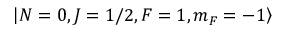
\left| N = 0 , J = 1 / 2 , F = 1 , m _ { F } = - 1 \right\rangle